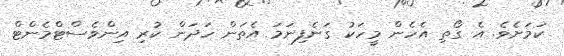
ކަމަށެވެ. އެ ގޯތި އެހެން މީހަކު ގަނެފިނަމަ އެތަން ހަދަން ކުރި އިންވެސްޓްމެންޓް